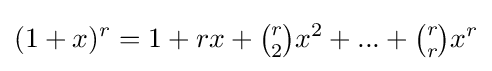
(1+x)^{r}=1+rx+{\tbinom {r}{2}}x^{2}+...+{\tbinom {r}{r}}x^{r}